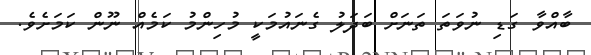
ބާއްވާ ގަޑި ނުވަތަ ތަނަށް ބަދަލު ގެނައުމަކީ މުހިންމު ކަމެއް ނޫން ކަމަށެވެ.